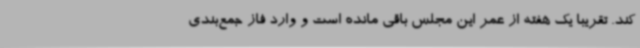
کند. تقریبا یک هفته از عمر این مجلس باقی مانده است و وارد فاز جمع‌بندی